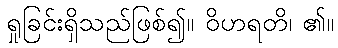
ရှုခြင်းရှိသည်ဖြစ်၍။ ဝိဟရတိ၊ ၏။